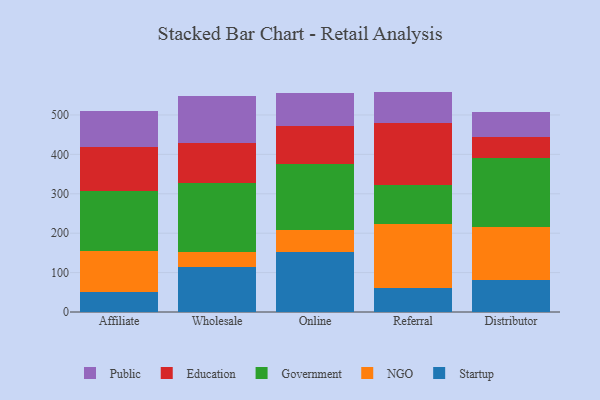
{"axis": {"x": "Channel", "y": "Market Share (%)"}, "legend": ["Education", "Government", "NGO", "Public", "Startup"], "data": [{"x": "Affiliate", "y": 51.3, "type": "Startup"}, {"x": "Affiliate", "y": 102.6, "type": "NGO"}, {"x": "Affiliate", "y": 152.3, "type": "Government"}, {"x": "Affiliate", "y": 113.2, "type": "Education"}, {"x": "Affiliate", "y": 91.0, "type": "Public"}, {"x": "Wholesale", "y": 113.4, "type": "Startup"}, {"x": "Wholesale", "y": 37.8, "type": "NGO"}, {"x": "Wholesale", "y": 176.2, "type": "Government"}, {"x": "Wholesale", "y": 101.3, "type": "Education"}, {"x": "Wholesale", "y": 120.6, "type": "Public"}, {"x": "Online", "y": 151.4, "type": "Startup"}, {"x": "Online", "y": 56.7, "type": "NGO"}, {"x": "Online", "y": 167.5, "type": "Government"}, {"x": "Online", "y": 95.3, "type": "Education"}, {"x": "Online", "y": 84.7, "type": "Public"}, {"x": "Referral", "y": 62.1, "type": "Startup"}, {"x": "Referral", "y": 161.5, "type": "NGO"}, {"x": "Referral", "y": 98.2, "type": "Government"}, {"x": "Referral", "y": 159.0, "type": "Education"}, {"x": "Referral", "y": 78.5, "type": "Public"}, {"x": "Distributor", "y": 80.3, "type": "Startup"}, {"x": "Distributor", "y": 135.5, "type": "NGO"}, {"x": "Distributor", "y": 175.5, "type": "Government"}, {"x": "Distributor", "y": 51.6, "type": "Education"}, {"x": "Distributor", "y": 63.4, "type": "Public"}]}